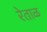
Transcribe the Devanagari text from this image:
रेताळ